Lunatic asylums Central Provinces reports 1895-1909 - 1895-1909
Year: 1895
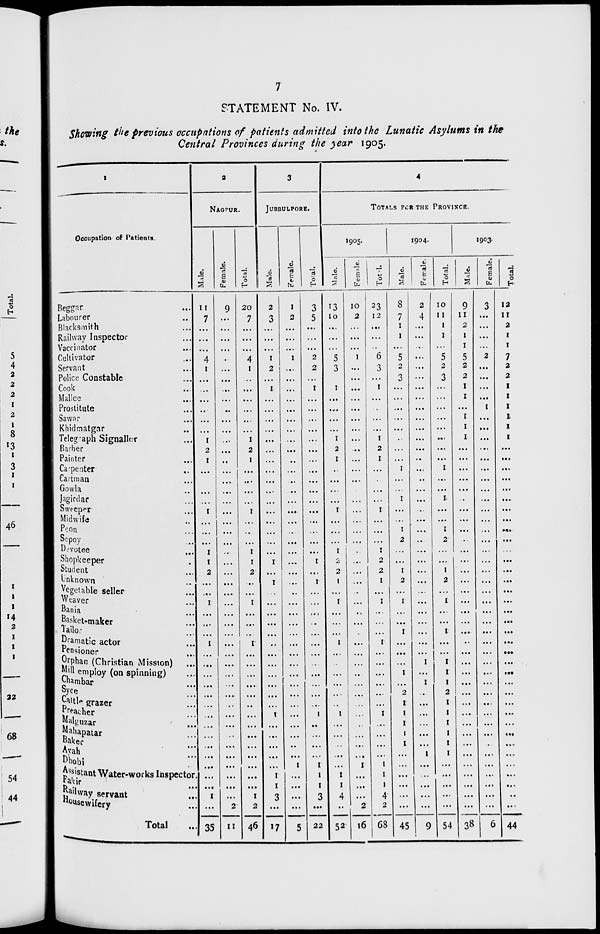
7
STATEMENT No. IV.
Showing the previous occupations of patients admitted into the Lunatic Asylums in the
Central Provinces during the year 1905.
1
Occupation of Patients.
Beggar ...
Labourer ...
Blacksmith ...
Railway Inspector ...
Vaccinator ...
Cultivator ...
Servant ...
Police Constable ...
Cook ...
Mallee ...
Prostitute ...
Sawar ...
Khidmatgar ...
Telegraph Signaller ...
Barber ...
Painter ...
Carpenter ...
Cartman ...
Gowla ...
Jagirdar
...
Sweeper ...
Midwife ...
Peon ...
Sepoy ...
Devotee ...
Shopkeeper ...
Student ...
Unknown ...
vegetable seller ...
Weaver ...
Bania ...
Basket-maker ...
Tailor
...
Dramatic actor ...
Pensioner ...
Orphan (Christian Mission)
...
Mill employ (on spinning) ...
Chambar ...
Syce ...
Cattle grazer ...
Preacher ...
Malguzar ...
Mahapatar ...
Baker ...
Avah ...
Dhobi ...
Assistant Water-works Inspector.
Fakir
...
Railway servant ...
Housewifery ...
Total ...
2
NAGPUR.
Male.
11
7
...
...
...
4
1
...
...
...
...
...
...
1
2
1
...
...
...
...
1
...
...
...
1
1
2
...
...
1
...
...
...
1
...
...
...
...
...
...
...
...
...
...
...
...
...
...
1
...
35
Female.
9
...
...
...
...
...
...
...
...
...
...
...
...
...
...
...
...
...
...
...
...
...
...
...
...
...
...
...
...
...
...
...
...
...
...
...
...
...
...
...
...
...
...
...
...
...
...
...
...
2
11
Total.
20
7
...
...
...
4
1
...
...
...
...
...
...
1
2
1
...
...
...
...
1
...
...
...
1
1
2
...
...
1
...
...
...
1
...
...
...
...
...
...
...
...
...
...
...
...
...
...
1
2
46
3
JUBBULPORE.
Male.
2
3
...
...
...
1
2
...
1
...
...
...
...
...
...
...
...
...
...
...
...
...
...
...
...
1
...
1
...
...
...
...
...
...
...
...
...
...
...
...
1
...
...
...
...
...
1
1
3
...
17
Female.
1
2
...
...
...
1
...
...
...
...
...
...
...
...
...
...
...
...
...
...
...
...
...
...
...
...
...
...
..
...
...
...
...
...
...
...
...
...
...
...
...
...
...
...
...
1
...
...
...
...
5
Total.
3
5
...
...
...
2
2
...
1
...
...
...
...
...
...
...
...
...
...
...
...
...
...
...
...
1
...
1
...
...
...
...
...
...
...
...
...
...
...
...
1
...
...
...
...
1
1
1
3
...
22
4
TOTALS FOR THE PROVINCE.
1905.
Male.
13
10
...
...
...
5
3
...
1
...
...
...
...
1
2
1
...
...
...
...
1
...
...
...
1
2
2
1
...
1
...
...
...
1
...
...
...
...
...
...
1
...
...
...
...
...
1
1
4
...
52
Female.
10
2
...
...
...
1
...
...
...
...
...
...
...
...
...
...
...
...
...
...
...
...
...
...
...
...
...
...
...
...
...
...
...
...
...
...
...
...
...
...
...
...
...
...
...
1
...
...
...
2
16
Total.
23
12
...
...
...
6
3
...
1
...
...
...
...
1
2
1
...
...
...
...
1
...
...
...
1
2
2
1
...
1
...
...
...
1
...
...
...
...
...
1
1
...
...
...
...
1
1
1
4
2
68
1904.
Male.
8
7
1
1
...
5
2
3
...
...
...
...
...
...
...
...
1
...
...
1
...
...
1
2
...
...
1
2
...
1
...
...
1
...
...
...
1
...
2
1
1
1
1
1
...
...
...
...
...
...
45
Female.
2
4
...
...
...
...
...
...
...
...
...
...
...
...
...
...
...
...
...
...
...
...
...
..
...
...
...
...
...
...
...
...
...
...
...
1
...
1
...
...
...
...
...
...
1
...
...
...
...
...
9
Total.
10
11
1
1
...
5
2
3
...
...
...
...
...
...
...
...
1
...
...
1
...
...
1
2
...
...
1
2
...
1
...
...
1
...
...
1
1
1
2
1
1
1
1
1
1
...
...
...
...
...
54
1903.
Male.
9
11
2
1
1
5
2
2
1
1
...
1
1
1
...
...
...
...
...
...
...
...
...
...
...
...
...
...
...
...
...
...
...
...
...
...
...
...
...
...
...
...
...
...
...
...
...
...
...
...
38
Female.
3
...
...
...
...
2
...
...
...
...
1
...
...
...
...
...
...
...
...
...
...
...
...
...
...
...
...
...
...
...
...
...
...
...
...
...
...
...
...
...
...
...
...
...
...
...
...
...
...
...
6
Total.
12
11
2
1
1
7
2
2
1
1
1
1
1
1
...
...
...
...
...
...
...
...
...
...
...
...
...
...
...
...
...
...
...
...
...
...
...
...
...
...
...
...
...
...
...
...
...
...
...
44